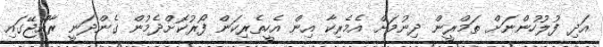
އަދި ފުލުހުންނަށް ތަމްރީން ދިނުމަށް އެމެރިކާ އިން އެހީތެރިކަން ފޯރުކޮށްދެމުން ގެންދަނީ ރާއްޖޭގައި